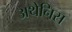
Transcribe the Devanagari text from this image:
अथेनिस